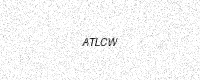
Text: ATLCW